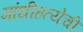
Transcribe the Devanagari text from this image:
गांधीहत्येची